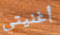
أغنيتي